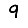
Digit: 9